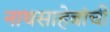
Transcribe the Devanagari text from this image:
नाथसाहेबांची